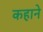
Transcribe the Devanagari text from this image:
कहाने